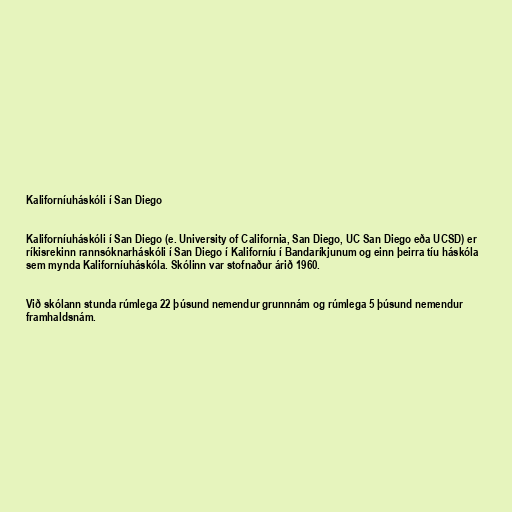
Kaliforníuháskóli í San Diego

Kaliforníuháskóli í San Diego (e. University of California, San Diego, UC San Diego eða UCSD) er
ríkisrekinn rannsóknarháskóli í San Diego í Kaliforníu í Bandaríkjunum og einn þeirra tíu háskóla
sem mynda Kaliforníuháskóla. Skólinn var stofnaður árið 1960.

Við skólann stunda rúmlega 22 þúsund nemendur grunnnám og rúmlega 5 þúsund nemendur
framhaldsnám.